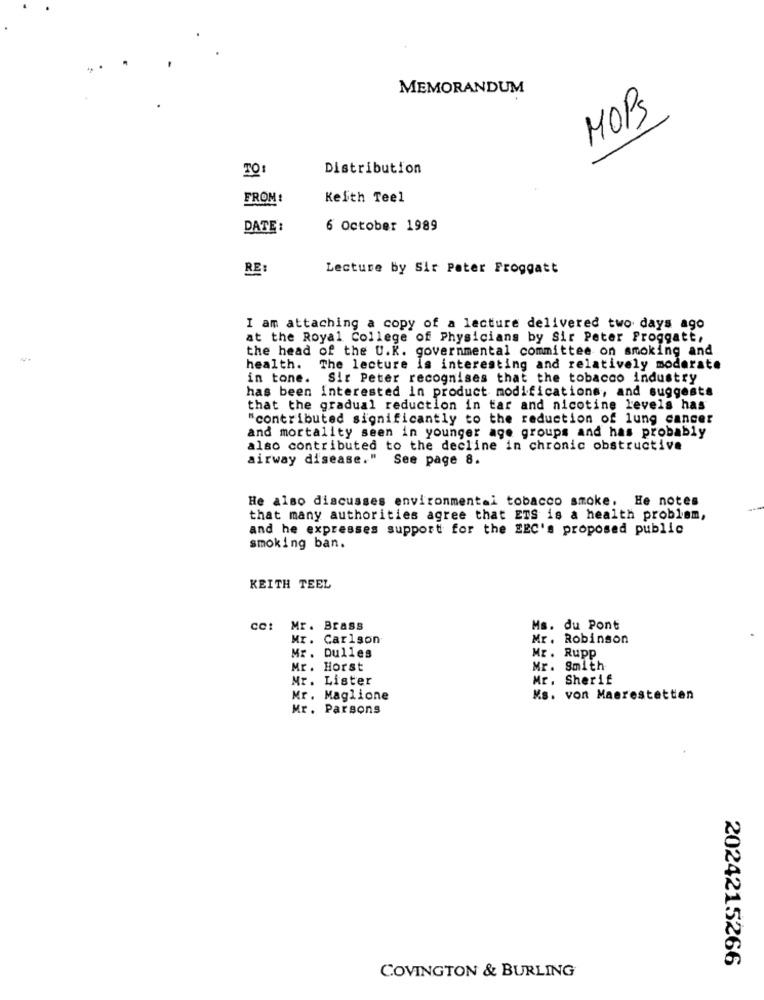
MEMORANDUM
MOPS
Distribution
FROM:
Keith Teel
DATE :
6 October 1989
RE:
Lecture by Sir Peter Froggatt
I am attaching a copy of a lecture delivered two days ago
at the Royal College of Physicians by Sir Peter Proggatt,
the head of the U.K. governmental committee on smoking and
health.
The lecture Is interesting and relatively moderate
in tone. Sir Peter recognises that the tobacco industry
has been Interested in product modifications, and suggests
that the gradual reduction in tar and nicotine levels has
"contributed significantly to the reduction of lung cancer
and mortality seen in younger age groups and has probably
also contributed to the decline in chronic obstructive
airway disease."
See page 8.
He also discusses environmental tobacco smoke. He notes
that many authorities agree that ETS is a health problem,
and he expresses support for the EEC's proposed public
smoking ban.
KEITH TEEL
cet
Mr. Brass
Ms. du Pont
Carlson
Mr. Robinson
Mr. Dulles
Mr. Rupp
Mr. Horst
Mr. Smith
Mr. Lister
Mr. Sherif
Mr. Maglione
Ks. von Maerestette
Mr. Parsons
2024215266
COVINGTON & BURLING